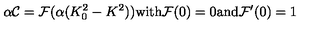
\alpha { \cal C } = { \cal F } ( \alpha ( K _ { 0 } ^ { 2 } - K ^ { 2 } ) ) \mathrm { w i t h } { \cal F } ( 0 ) = 0 \mathrm { a n d } { \cal F } ^ { \prime } ( 0 ) = 1